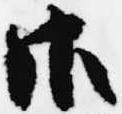
御